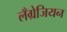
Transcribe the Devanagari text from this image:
लँग्रेजियन